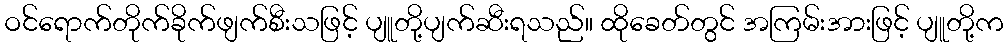
ဝင်ရောက်တိုက်ခိုက်ဖျက်စီးသဖြင့် ပျူတို့ပျက်ဆီးရသည်။ ထိုခေတ်တွင် အကြမ်းအားဖြင့် ပျူတို့က